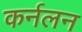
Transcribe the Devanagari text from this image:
कर्नलन